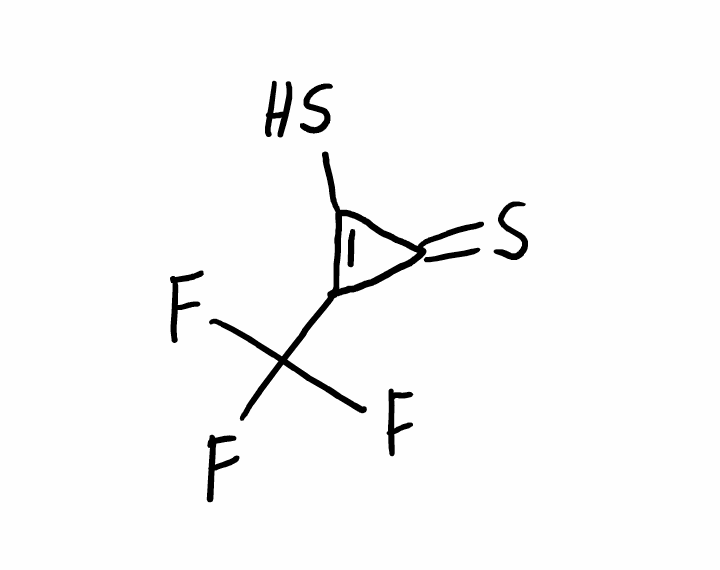
Simplified molecular-input line-entry system (SMILES) notation of the given molecule:
C1(=C(C1=S)S)C(F)(F)F